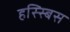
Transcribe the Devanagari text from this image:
हस्स्बिस